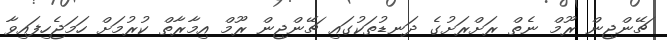
ޗޭންޖިން ރޫމް ނެތް ރަށްރަށުގެ ދަނޑުތަކުގައި ޗޭންޖިން ރޫމް އިމާރާތް ކުރުމަށް ހަމަޖެހިފައިވާ